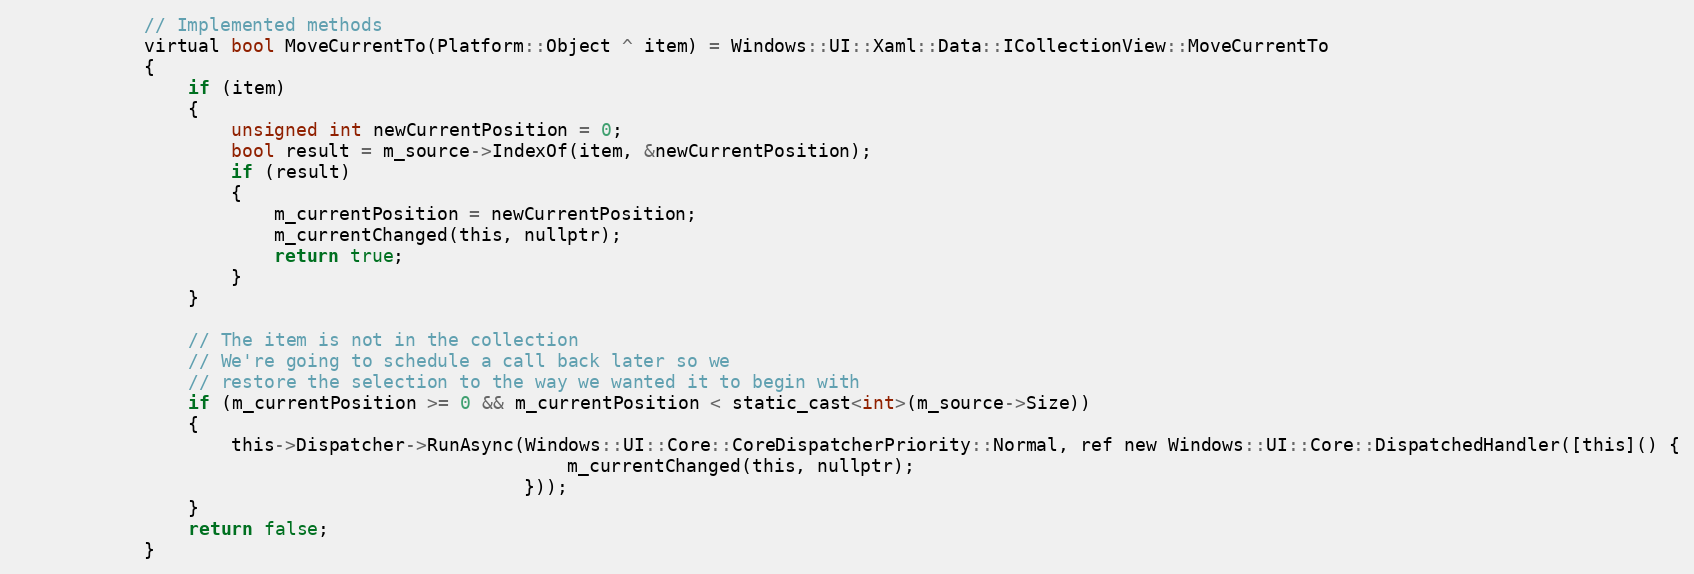
Language: C
            // Implemented methods
            virtual bool MoveCurrentTo(Platform::Object ^ item) = Windows::UI::Xaml::Data::ICollectionView::MoveCurrentTo
            {
                if (item)
                {
                    unsigned int newCurrentPosition = 0;
                    bool result = m_source->IndexOf(item, &newCurrentPosition);
                    if (result)
                    {
                        m_currentPosition = newCurrentPosition;
                        m_currentChanged(this, nullptr);
                        return true;
                    }
                }

                // The item is not in the collection
                // We're going to schedule a call back later so we
                // restore the selection to the way we wanted it to begin with
                if (m_currentPosition >= 0 && m_currentPosition < static_cast<int>(m_source->Size))
                {
                    this->Dispatcher->RunAsync(Windows::UI::Core::CoreDispatcherPriority::Normal, ref new Windows::UI::Core::DispatchedHandler([this]() {
                                                   m_currentChanged(this, nullptr);
                                               }));
                }
                return false;
            }